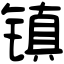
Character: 镇